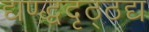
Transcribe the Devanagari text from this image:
द्यण्द्धदृठ्ठद्य